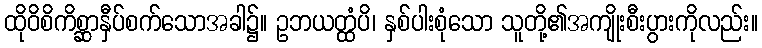
ထိုဝိစိကိစ္ဆာနှီပ်စက်သောအခါ၌။ ဥဘယတ္ထံပိ၊ နှစ်ပါးစုံသော သူတို့၏အကျိုးစီးပွားကိုလည်း။